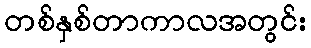
တစ်နှစ်တာကာလအတွင်း